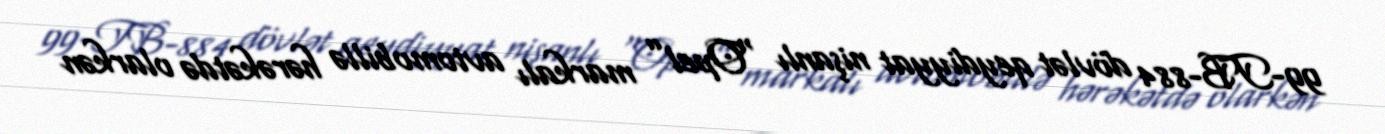
99-TB-884 dövlət qeydiyyat nişanlı “Opel” markalı avtomobillə hərəkətdə olarkən